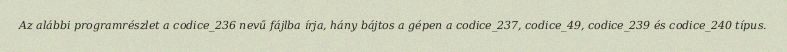
Az alábbi programrészlet a codice_236 nevű fájlba írja, hány bájtos a gépen a codice_237, codice_49, codice_239 és codice_240 típus.